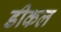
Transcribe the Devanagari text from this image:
डीकल